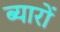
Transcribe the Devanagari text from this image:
ब्यारों